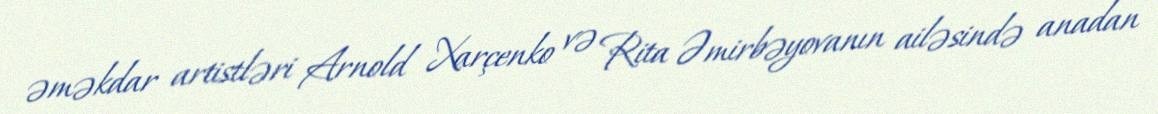
əməkdar artistləri Arnold Xarçenko və Rita Əmirbəyovanın ailəsində anadan